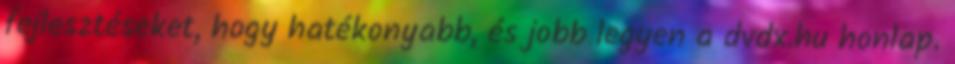
fejlesztéseket, hogy hatékonyabb, és jobb legyen a dvdx.hu honlap.